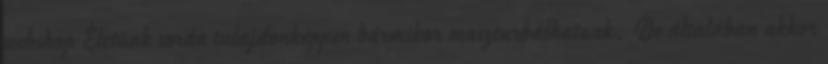
webshop Életünk során tulajdonképpen bármikor maszturbálhatunk. De általában akkor